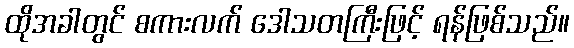
ထိုအခါတွင် စကားလက် ဒေါသတကြီးဖြင့် ရန်ဖြစ်သည်။